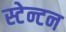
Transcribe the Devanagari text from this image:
स्टेन्टन